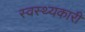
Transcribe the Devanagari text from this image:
स्वस्थ्यकारी